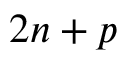
2 n + p